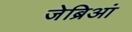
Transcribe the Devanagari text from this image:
जेब्रिआं